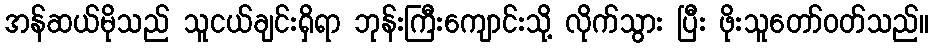
အန်ဆယ်မိုသည် သူငယ်ချင်းရှိရာ ဘုန်းကြီးကျောင်းသို့ လိုက်သွား ပြီး ဖိုးသူတော်ဝတ်သည်။